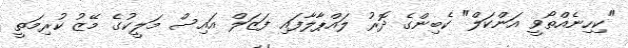
"ކިހިނެއްތޯވީ އަންކަލް" ކެބިންގެ ދޮރު ލައްޕާލާފައި ފަޒަލް އައިސް މަލީކުގެ މޭޒު ކުރިމަތީ